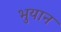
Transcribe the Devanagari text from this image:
भुयान